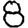
Digit: 8